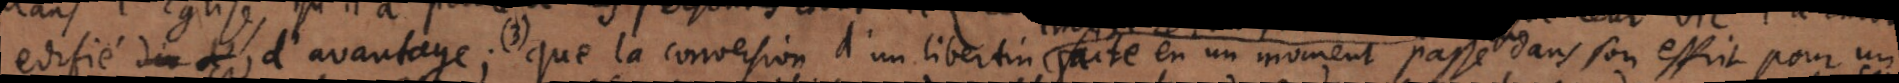
edifié di d’ d’avantage; (3) que la conversion d’un libertin faite en un moment passe dans son esprit pour un